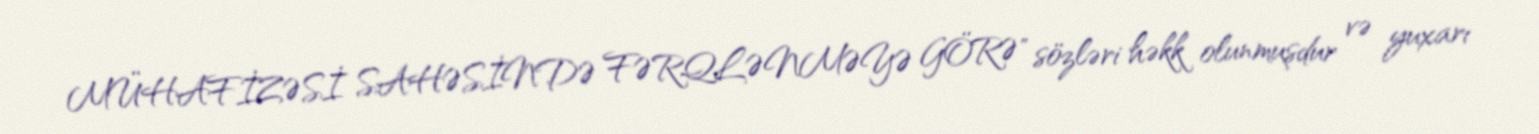
MÜHAFİZƏSİ SAHƏSİNDƏ FƏRQLƏNMƏYƏ GÖRƏ" sözləri həkk olunmuşdur və yuxarı